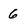
Character: 6